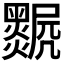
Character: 𤓅